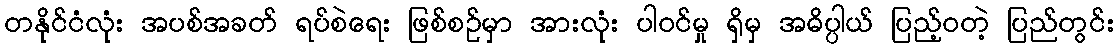
တနိုင်ငံလုံး အပစ်အခတ် ရပ်စဲရေး ဖြစ်စဉ်မှာ အားလုံး ပါဝင်မှု ရှိမှ အဓိပ္ပါယ် ပြည့်ဝတဲ့ ပြည်တွင်း